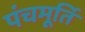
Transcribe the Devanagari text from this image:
पंचमूर्ति